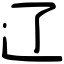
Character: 辽